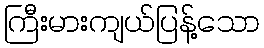
ကြီးမားကျယ်ပြန့်သော